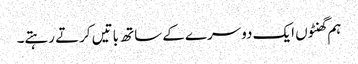
ہم گھنٹوں ایک دوسرے کے ساتھ باتیں کرتے رہتے۔